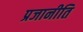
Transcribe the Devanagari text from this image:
प्रजानीति